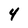
Character: 4